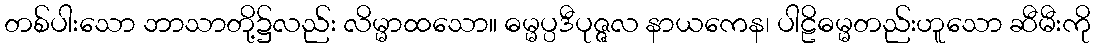
တစ်ပါးသော ဘာသာတို့၌လည်း လိမ္မာထသော။ ဓမ္မပ္ပဒီပုဇ္ဇလ နာယကေန၊ ပါဠိဓမ္မတည်းဟူသော ဆီမီးကို